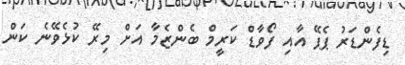
ޑިފެންޑަރު ޕެޕޭ އާއި ފޯވާޑް ކަރީމް ބެންޒެމާ އަށް މިރޭ ކުޅެވޭނެ ކަން